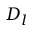
D _ { l }